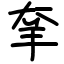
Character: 羍